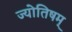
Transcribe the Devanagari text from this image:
ज्योतिषम्